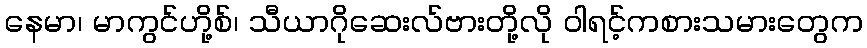
နေမာ၊ မာကွင်ဟို့စ်၊ သီယာဂိုဆေးလ်ဗားတို့လို ဝါရင့်ကစားသမားတွေက